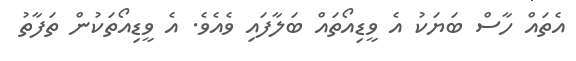
އެތައް ހާސް ބަޔަކު އެ ވީޑިއޯތައް ބަލާފައި ވެެއެވެ. އެ ވީޑިއޯތަކުން ތަފާތު